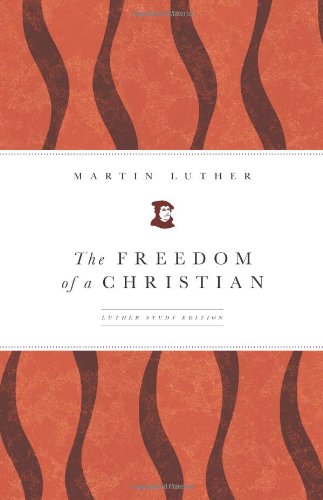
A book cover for The Freedom of a Christian; Martin Luther; Christian Books & Bibles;